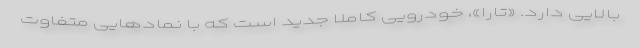
بالایی دارد. «تارا»، خودرویی کاملا جدید است که با نماد‌هایی متفاوت